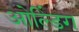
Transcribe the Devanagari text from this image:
ओल्डिंग